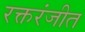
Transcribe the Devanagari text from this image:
रक्तरंजीत